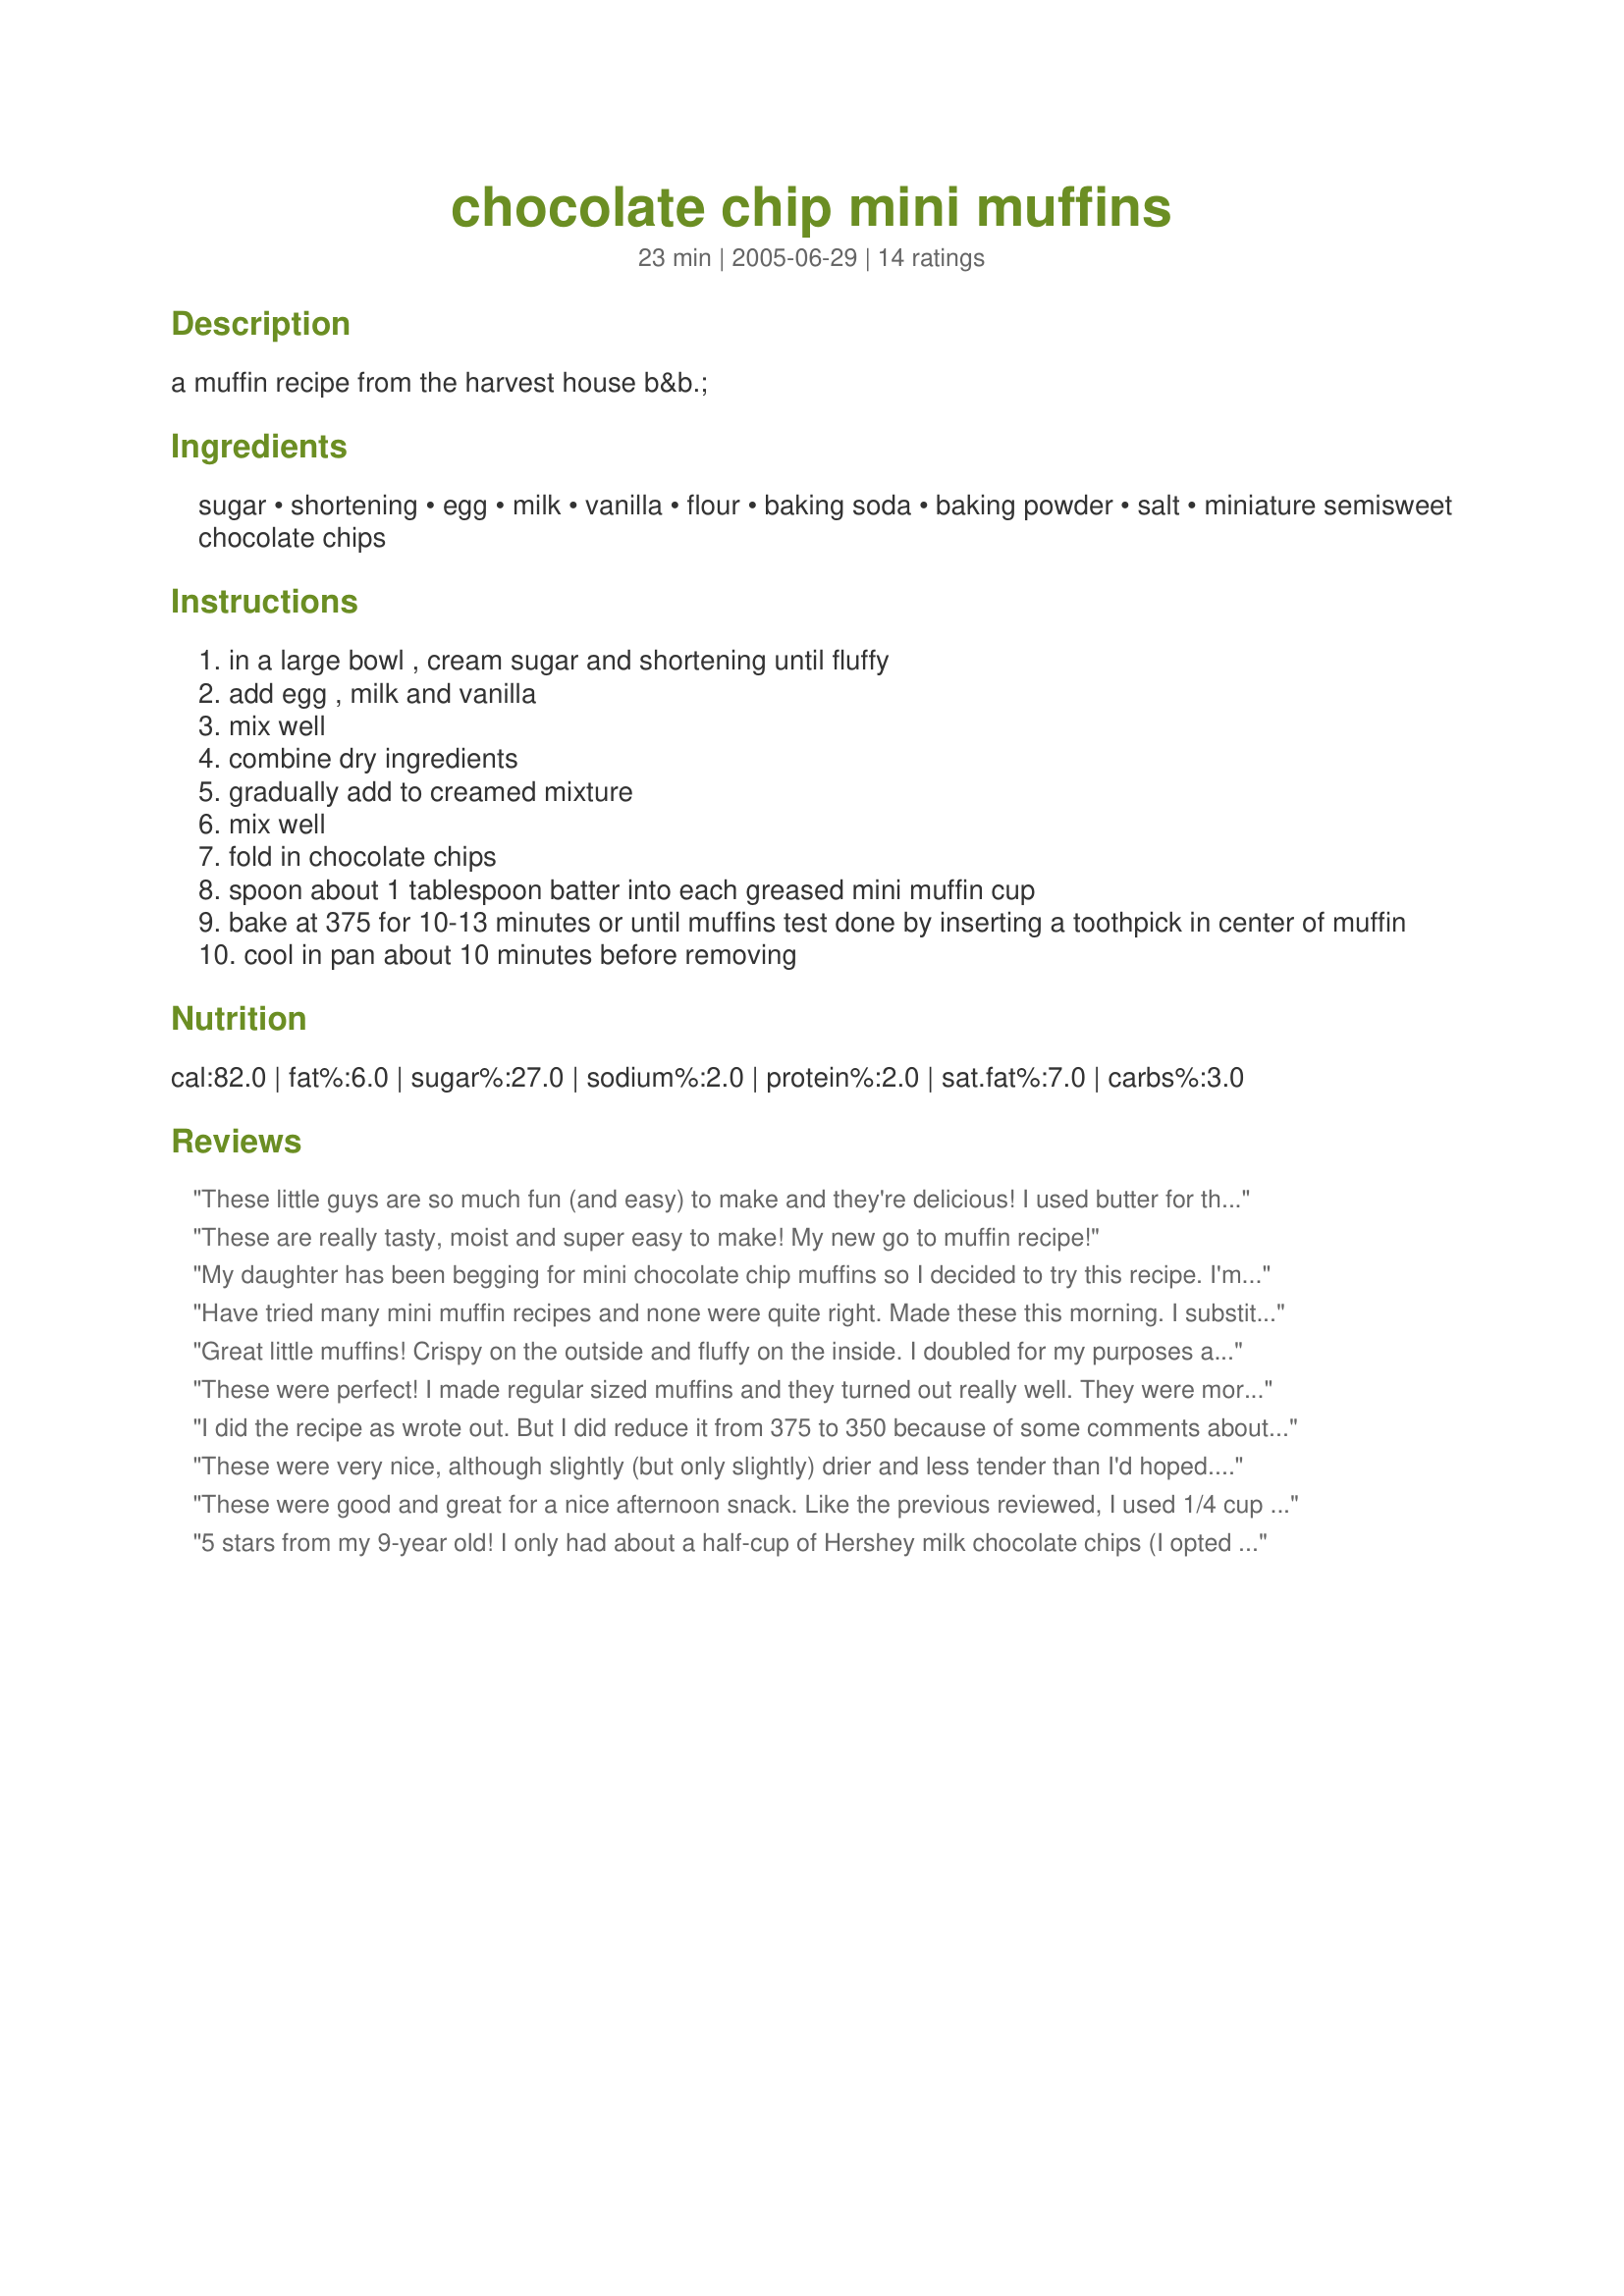
chocolate chip mini muffins
Preparation time: 23 minutes

a muffin recipe from the harvest house b&b.

Ingredients:
sugar, shortening, egg, milk, vanilla, flour, baking soda, baking powder, salt, miniature semisweet chocolate chips

Steps:
in a large bowl , cream sugar and shortening until fluffy
add egg , milk and vanilla
mix well
combine dry ingredients
gradually add to creamed mixture
mix well
fold in chocolate chips
spoon about 1 tablespoon batter into each greased mini muffin cup
bake at 375 for 10-13 minutes or until muffins test done by inserting a toothpick in center of muffin
cool in pan about 10 minutes before removing

Reviews:
These little guys are so much fun (and easy) to make and they're delicious! I used butter for the shortening, had them in the oven in minutes and they baked to perfection in just 13 minutes! One tablespoon of batter in each mini muffin cup was perfect and I ended up with 24 little muffins. I just love this recipe! Thanks so much Lvs2Cook, this has already become a family favorite :)
These are really tasty, moist and super easy to make! My new go to muffin recipe!
My daughter has been begging for mini chocolate chip muffins so I decided to try this recipe. I'm so happy I did! They are so moist and full of flavor. I used the recipe as is except I used full size semi sweet guitarrd chips. Be careful not to overmix when you add the dry into the wet. Mix just until the flour disappears and everything looks uniform. They fold in the chips. Also check at the lowest cooking time so you don't over bake and make them dry. Easy peasy!
Have tried many mini muffin recipes and none were quite right. Made these this morning. I substituted butter for shortening as I didn&#039;t have shortening. I softened the butter (not melted), and creamed with the sugar. These muffins came out perfect! They were slightly crisp on the top and soft and chocolaty in the middle. All that you want in a muffin, bitesize!
Great little muffins! Crispy on the outside and fluffy on the inside. I doubled for my purposes and added 1 teaspoon of cinnamon just for fun. Will make these again!
These were perfect! I made regular sized muffins and they turned out really well. They were more like a cupcake, but light and tender. The baking soda was a little overpowering on the first day, but by the next day the flavours were much better. Thanks!
I did the recipe as wrote out. But I did reduce it from 375 to 350 because of some comments about dryness. I gave this four stars because the taste was great, but they were dry. I would eat one then need to drink something. But then I couldnt help it and ate four more because they tasted so good. I baked them at 350 for 11 minutes.
These were very nice, although slightly (but only slightly) drier and less tender than I'd hoped. Though I classify them as cupcakes, they aren't too rich and taste much more like muffins. I would also try them with streusel for mini-coffee cakes.
These were good and great for a nice afternoon snack. Like the previous reviewed, I used 1/4 cup of softened butter instead of the shortening, and I also used almost a full cup of mini-chocolate chips, though I think 2/3 cup would have been plenty because mine were very chocolatey! They were quick and easy to put together and we all enjoyed them, but I'm giving them four stars because there wasn't anything really special about them, no "wow" factor that really made them stand out, and the flavor really wasn't very strong...these could have been sweeter. Still though, I'll make them again.
5 stars from my 9-year old! I only had about a half-cup of Hershey milk chocolate chips (I opted against semi-sweet), so I threw in about 1/4 cup of Hershey peanut butter chips. They turned out very moist and good after only 12 minutes. Oh, and I used margarine instead of shortening.
These are great snacks for the kids! Less "cupcakey" than other recipes but still a bit of a treat with the chocolate chips. A keeper in our household!
These were perfect risers. They rose up nicely, never fell, took on a beautiful brown color like a chocolate chip cookie. Were light, and just wonderful. Thank You for sharing. My children will love these.
I made these little guys for my son's Christmas breakfast along with recipe #125650 Sunship Mini Muffins. The children liked these but liked the other recipe a bit better. I liked these as they were not to sweet but I thought they were a little dry maybe next time I will add a little more butter as I subbed butter for the shortening and add a little more vanilla or use brown sugar in place of the white sugar. I like the recipe a lot and will probable make again, I doubled the recipe and made about 40 mini muffings. Thank you for the recipe.
I made these exactly as directed (using non-hydrolyzed palm oil) and they turned out amazing. Everyone (including my picky husband) just gobbled these up. Thank you!
